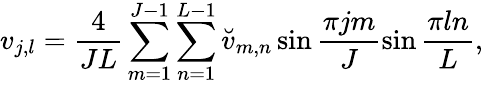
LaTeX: v_{j,l}=\frac{4}{JL}\sum_{m=1}^{J-1}\sum_{n=1}^{L-1}{\breve{v}}_{m,n}\sin\frac{\pi jm}{J}\sin\frac{\pi ln}{L},